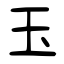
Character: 玉